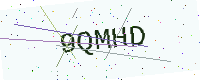
Text: 9QMHD